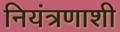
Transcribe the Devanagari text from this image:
नियंत्रणाशी